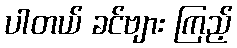
ပါတယ် ခင်ဗျား ကြည့်